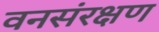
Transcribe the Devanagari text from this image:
वनसंरक्षण